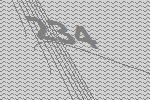
234